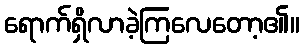
ရောက်ရှိလာခဲ့ကြလေတော့၏။